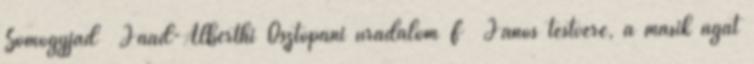
Somogyjád Jaad-Alberthi Osztopáni uradalom F János testvére, a másik ágat